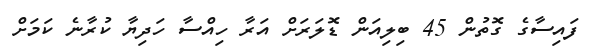
ފައިސާގެ ގޮތުން 45 ބިލިއަން ޑޮލަރަށް އަރާ ހިއްސާ ހަދިޔާ ކުރާނެ ކަމަށް